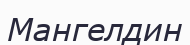
Мангелдин